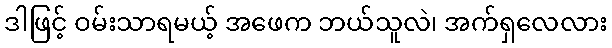
ဒါဖြင့် ဝမ်းသာရမယ့် အဖေက ဘယ်သူလဲ၊ အက်ရှလေလား